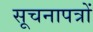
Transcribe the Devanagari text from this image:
सूचनापत्रों